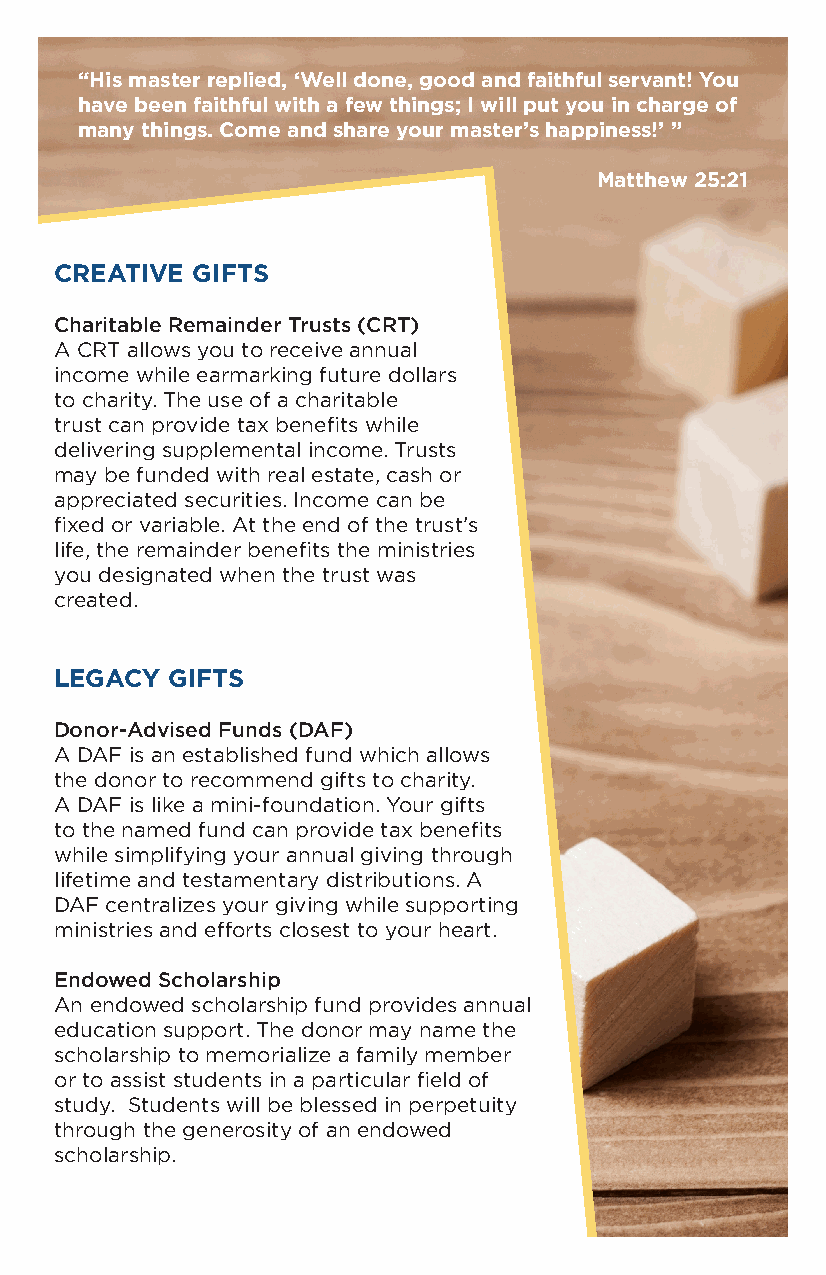
“His master replied, ‘Well done, good and faithful servant! You
 have been faithful with a few things; I will put you in charge of
 many things. Come and share your master’s happiness!’ ”
 Matthew 25:21
 CREATIVE GIFTS
 Charitable Remainder Trusts (CRT)
 A CRT allows you to receive annual
 income while earmarking future dollars
 to charity. The use of a charitable
 trust can provide tax benefits while
 delivering supplemental income. Trusts
 may be funded with real estate, cash or
 appreciated securities. Income can be
 fixed or variable. At the end of the trust’s
 life, the remainder benefits the ministries
 you designated when the trust was
 created.
 LEGACY GIFTS
 Donor-Advised Funds (DAF)
 A DAF is an established fund which allows
 the donor to recommend gifts to charity.
 A DAF is like a mini-foundation. Your gifts
 to the named fund can provide tax benefits
 while simplifying your annual giving through
 lifetime and testamentary distributions. A
 DAF centralizes your giving while supporting
 ministries and efforts closest to your heart.
 Endowed Scholarship
 An endowed scholarship fund provides annual
 education support. The donor may name the
 scholarship to memorialize a family member
 or to assist students in a particular field of
 study. Students will be blessed in perpetuity
 through the generosity of an endowed
 scholarship.